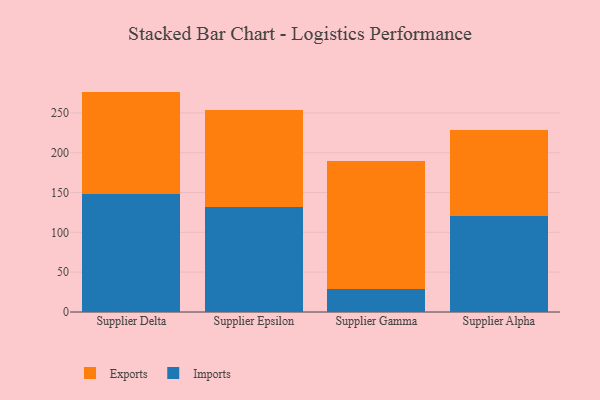
{"axis": {"x": "Supplier", "y": "Churn Rate (%)"}, "legend": ["Exports", "Imports"], "data": [{"x": "Supplier Delta", "y": 148.4, "type": "Imports"}, {"x": "Supplier Delta", "y": 128.3, "type": "Exports"}, {"x": "Supplier Epsilon", "y": 131.4, "type": "Imports"}, {"x": "Supplier Epsilon", "y": 122.5, "type": "Exports"}, {"x": "Supplier Gamma", "y": 29.5, "type": "Imports"}, {"x": "Supplier Gamma", "y": 159.6, "type": "Exports"}, {"x": "Supplier Alpha", "y": 120.0, "type": "Imports"}, {"x": "Supplier Alpha", "y": 108.8, "type": "Exports"}]}